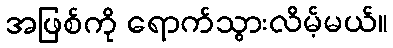
အဖြစ်ကို ရောက်သွားလိမ့်မယ်။